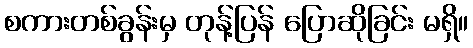
စကားတစ်ခွန်းမှ တုန့်ပြန် ပြောဆိုခြင်း မရှိ။